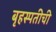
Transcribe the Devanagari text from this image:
बृहस्पतीची